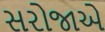
સરોજાએ